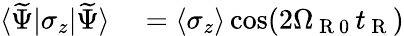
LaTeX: \begin{array}{rl}{\langle\widetilde{\Psi}|\sigma_{z}|\widetilde{\Psi}\rangle}&{{}=\left\langle\sigma_{z}\right\rangle\cos(2\Omega_{\mathrm{~R~0~}}t_{\mathrm{~R~}})}\end{array}